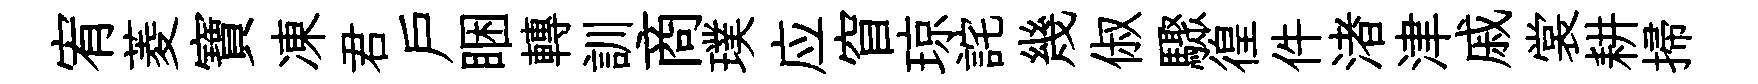
宥菱寶凍君戸睏轉訓商璞应窅琼詫幾俶驟徨件渚津戚裳耕掃